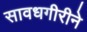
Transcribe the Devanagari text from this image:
सावधगीरीने